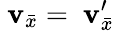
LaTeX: \ \mathbf{v}_{\bar{{x}}}=\ \mathbf{v}_{\bar{{x}}}^{\prime}